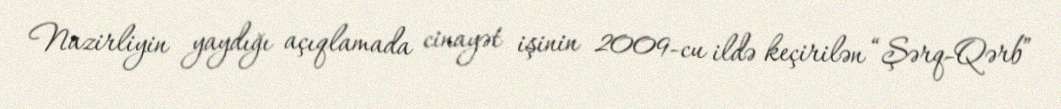
Nazirliyin yaydığı açıqlamada cinayət işinin 2009-cu ildə keçirilən “Şərq-Qərb”